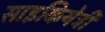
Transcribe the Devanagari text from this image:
साइकियेट्री